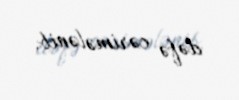
dəfə cərimələnib.